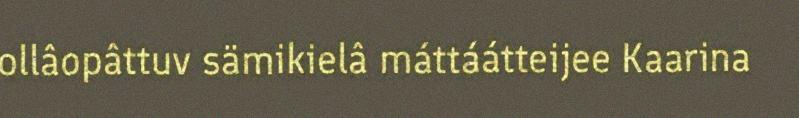
ollâopâttuv sämikielâ máttáátteijee Kaarina